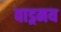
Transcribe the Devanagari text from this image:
वाड्रमय